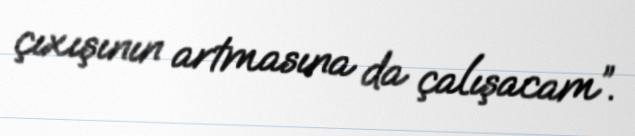
çıxışının artmasına da çalışacam”.